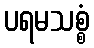
ပရမသစ္စံ